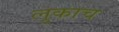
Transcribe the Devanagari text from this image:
लुकाच